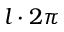
l \cdot 2 \pi